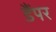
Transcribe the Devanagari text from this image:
डैंपर